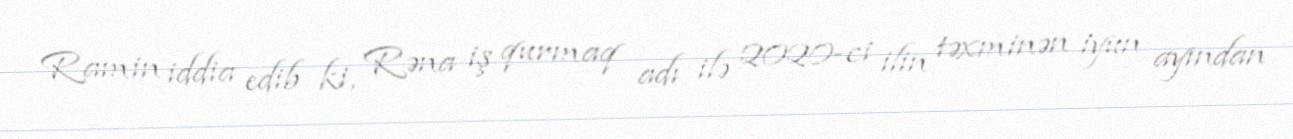
Ramin iddia edib ki, Rəna iş qurmaq adı ilə 2020-ci ilin təxminən iyun ayından